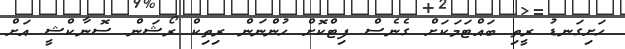
ހަށިގަނޑު ރީތި ބައްޓަމަކަށް ގެނެސް ފިޓްކޮށް ހުންނަން ރިތިކް ރޯޝަން ސޮނާކްޝީ އަށް